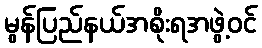
မွန်ပြည်နယ်အစိုးရအဖွဲ့ဝင်